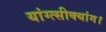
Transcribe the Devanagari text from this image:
यांग्त्सीक्यांग।